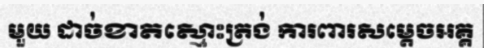
មួយ ដាច់ខាតស្មោះត្រង់ ការពារសម្តេចអគ្គ